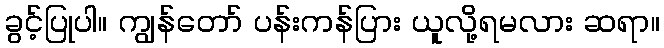
ခွင့်ပြုပါ။ ကျွန်တော် ပန်းကန်ပြား ယူလို့ရမလား ဆရာ။